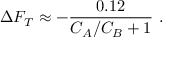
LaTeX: \Delta F _ { T } \approx - { \frac { 0 . 1 2 } { C _ { A } / C _ { B } + 1 } } \ .